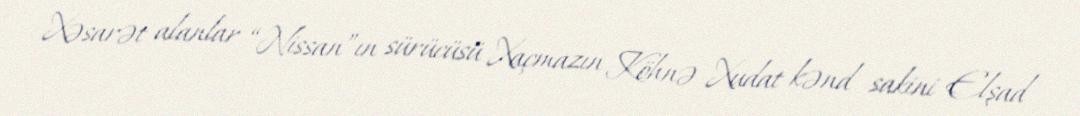
Xəsarət alanlar “Nissan”ın sürücüsü Xaçmazın Köhnə Xudat kənd sakini Elşad